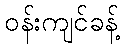
ဝန်းကျင်ခန့်